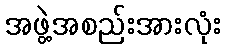
အဖွဲ့အစည်းအားလုံး